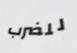
للضرب